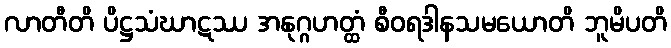
လာတီတိ ပိဋ္ဌသံဃာဋဿ အနုဂ္ဂဟတ္ထံ စီဝရဒါနသမယောတိ ဘူမိပတိ